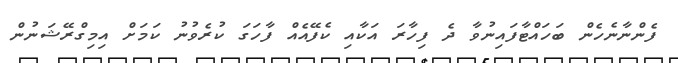
ފެންނާނެހެން ބަހައްޓާފައިނުވާ ދެ ފިހާރަ އަކާއި ކެފޭއެއް ފާހަގަ ކުރެވުނު ކަމަށް އިމިގްރޭޝަނުން